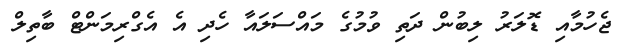
ޖެހުމާއި ޑޮލަރު ލިބުން ދަތި ވުމުގެ މައްސަލައާ ހެދި އެ އެގްރިމަންޓް ބާތިލް